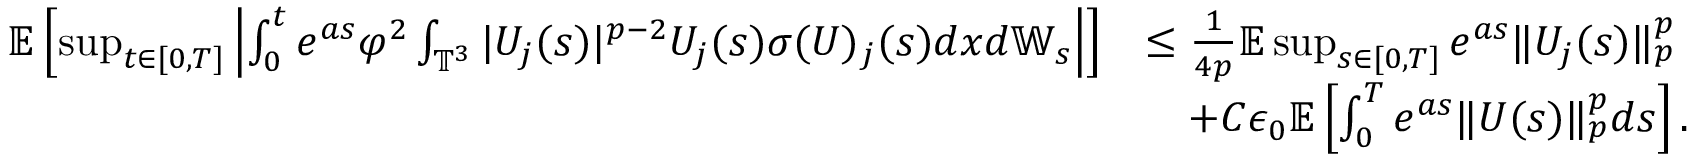
\begin{array} { r l } { \mathbb { E } \left[ \operatorname* { s u p } _ { t \in [ 0 , T ] } \left| \int _ { 0 } ^ { t } e ^ { a s } \varphi ^ { 2 } \int _ { \mathbb { T } ^ { 3 } } | U _ { j } ( s ) | ^ { p - 2 } U _ { j } ( s ) \sigma ( U ) _ { j } ( s ) d x d \mathbb { W } _ { s } \right| \right] } & { \leq \frac { 1 } { 4 p } \mathbb { E } \operatorname* { s u p } _ { s \in [ 0 , T ] } e ^ { a s } \| U _ { j } ( s ) \| _ { p } ^ { p } } \\ & { \quad + C \epsilon _ { 0 } \mathbb { E } \left[ \int _ { 0 } ^ { T } e ^ { a s } \| U ( s ) \| _ { p } ^ { p } d s \right] . } \end{array}